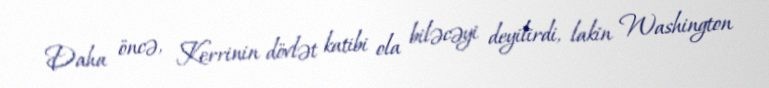
Daha öncə, Kerrinin dövlət katibi ola biləcəyi deyilirdi, lakin Washington